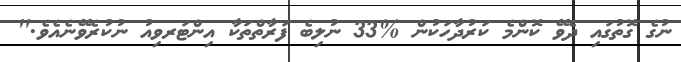
ނުގެ ގޮތުގައި ދެވޭ ކޮންމެ ކަރުދާހަކުން %33 ނުލިބެ ފަރާތްތަކާ އިންޓަރވިއު ނުކުރެވޭނެއެވެ."